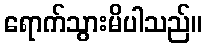
ရောက်သွားမိပါသည်။